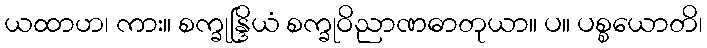
ယထာဟ၊ ကား။ စက္ခုန္ဒြိယံ စက္ခုဝိညာဏဓာတုယာ။ ပ။ ပစ္စယောတိ၊